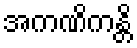
အကဏိကန္တိ